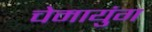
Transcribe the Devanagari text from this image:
चेमायुंग